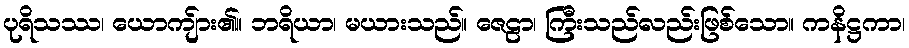
ပုရိသဿ၊ ယောကျ်ား၏။ ဘရိယာ၊ မယားသည်။ ဇေဠာ၊ ကြီးသည်လည်းဖြစ်သော။ ကနိဋ္ဌကာ၊